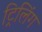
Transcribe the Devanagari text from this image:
ट्रिलिंग